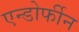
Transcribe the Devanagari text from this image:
एन्डोर्फीन